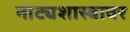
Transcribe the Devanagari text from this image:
नाट्यशास्त्रावर